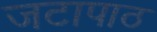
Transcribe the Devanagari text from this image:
जटापाठ